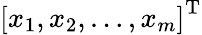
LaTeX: {\left[\begin{array}{l}{x_{1},x_{2},\dots,x_{m}}\end{array}\right]}^{\mathrm{{T}}}